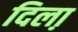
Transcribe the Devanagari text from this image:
दिला़